Vaccine operations Central Provinces & Berar 1922-1929 - 1922-1929
Year: 1922
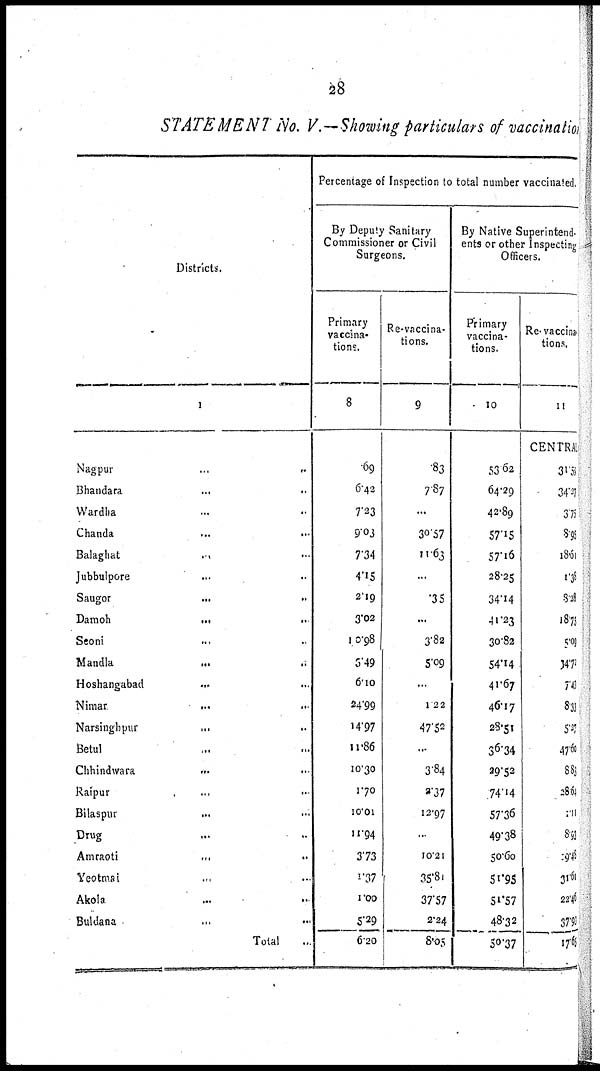
28
STATEMENT No. V.— Showing particulars of vaccinati
Districts.
1
Nagpur
...
...
Bhandara
... ...
Wardha ... ...
Chanda
...
...
Balaghat
...
...
Jubbulpore ...
Saugor
...
...
Damoh
... ...
Seoni
...
Mandla
...
..
Hoshangabad
...
...
Nimar ... ...
Narsinghpur
...
...
Betul ... ...
Chhindwara
...
...
Raipur
...
...
Bilaspur
...
...
Drug ... ...
Amraoti
...
...
Yeotmal ... ...
Akola
...
...
Buldana ... ...
Total ...
Percentage of Inspection to total number vaccinated.
By Deputy Sanitary
Commissioner or Civil
Surgeons.
Primary
vaccina¬
tions.
8
69
6.42
7.23
9.03
7.34
4.15
2.19
3.02
10.98
6.49
6.10
24.99
14.97
11.86
10.30
170
10.01
11.94
3.73
1.37
1.00
5.29
6.20
Re-vaccina-
tions.
9
83
7.87
...
30.57
11.63
...
.35
...
3.82
5.09
...
1.22
47.52
...
3.84
2.37
12.97
...
10.21
35.81
37.57
2.24
8.05
By Native Superintend-
ents or other Inspecting
Officers.
Primary
vaccina-
tions.
10
53.62
64.29
42.89
57.15
57.16
28.25
34.14
41.23
30.82
54.14
41.67
46.17
28.51
36.34
29.52
74.14
57.36
49.38
50.60
51.95
51.57
48.32
50.37
Re-vaccina-
tions.
11
CENTRAL
31.53
34.27
3. 75
8. 95
18.61
1.38
8.28
18.75
5.09
14. 71
7.43
8.33
5.27
47.60
8. 83
28.64
1.11
8.93
19. 48
31.60
22.46
37.90
17.65